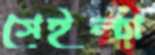
সেইল্যা